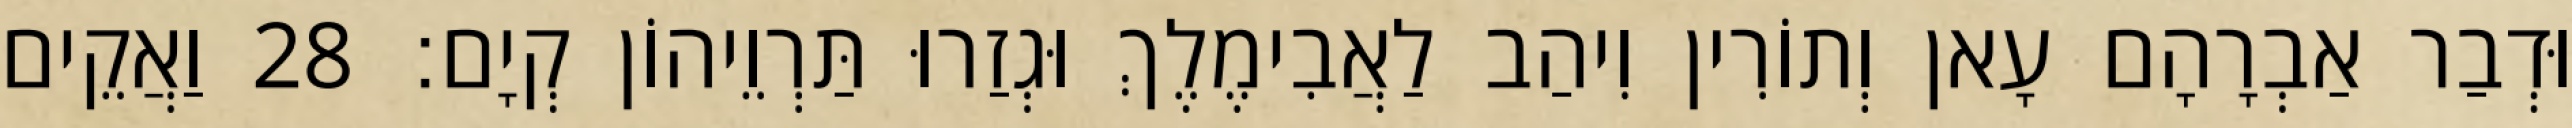
וּדְבַר אַבְרָהָם עָאן וְתוֹרִין וִיהַב לַאֲבִימֶלֶךְ וּגְזַרוּ תַּרְוֵיהוֹן קְיָם׃ 28 וַאֲקֵים